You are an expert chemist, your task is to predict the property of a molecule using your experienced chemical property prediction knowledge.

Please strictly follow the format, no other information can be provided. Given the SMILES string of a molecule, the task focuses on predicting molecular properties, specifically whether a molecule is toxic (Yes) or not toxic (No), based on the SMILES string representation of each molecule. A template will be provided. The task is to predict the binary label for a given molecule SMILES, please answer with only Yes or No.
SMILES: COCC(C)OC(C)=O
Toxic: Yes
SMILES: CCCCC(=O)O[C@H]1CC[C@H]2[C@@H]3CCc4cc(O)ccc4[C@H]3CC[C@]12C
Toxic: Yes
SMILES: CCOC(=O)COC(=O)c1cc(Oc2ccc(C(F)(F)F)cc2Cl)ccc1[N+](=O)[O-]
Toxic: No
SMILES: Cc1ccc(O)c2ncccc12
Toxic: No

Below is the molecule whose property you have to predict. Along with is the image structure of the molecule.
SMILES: O=C(O)[C@H](O)[C@@H](O)[C@H](O)[C@H](O)CO
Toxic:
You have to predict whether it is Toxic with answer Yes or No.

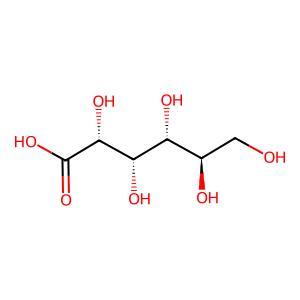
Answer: No